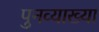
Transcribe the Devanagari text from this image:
पुनव्याख्या